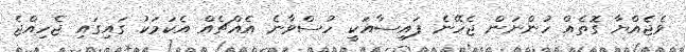
ވެޖެއްޔާ ގޮތެއް ހުންނަން ޖެހޭނެ ފައިސާއަކީ ހުސްވާނެ އެއްޗެއް އެކަމަކު ގައިގައި ޖެހިއްޖެ